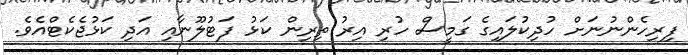
ފިރިހެންނުނަށް ހުދިކުލައިގެ ގަމީސް ހުރި އިރު ތިރިން ކަޅު ފަޓުލޫނާއި އަދި ކަޅުޖެކެޓްއެވެ.